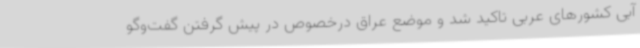
آبی کشورهای عربی تاکید شد و موضع عراق درخصوص در پیش گرفتن گفت‌وگو